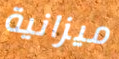
ميزانية